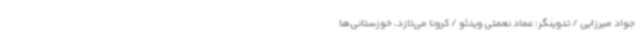
جواد میرزایی / تدوینگر: عماد نعمتی ویدئو / کرونا می‌تازد، خوزستانی‌ها